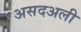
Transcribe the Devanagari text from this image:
असदअली